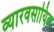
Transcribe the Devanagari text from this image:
व्यारवसायिक